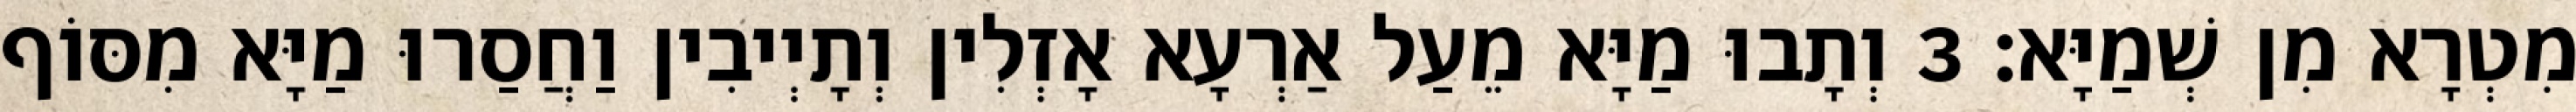
מִטְרָא מִן שְׁמַיָּא׃ 3 וְתָבוּ מַיָּא מֵעַל אַרְעָא אָזְלִין וְתָיְיבִין וַחֲסַרוּ מַיָּא מִסּוֹף